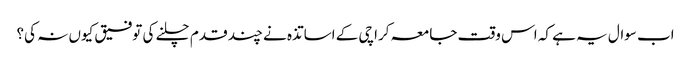
اب سوال یہ ہے کہ اس وقت جامعہ کراچی کے اساتذہ نے چند قدم چلنے کی توفیق کیوں نہ کی؟